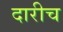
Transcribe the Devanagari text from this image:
दारीच